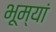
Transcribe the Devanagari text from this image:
भूम्यां